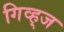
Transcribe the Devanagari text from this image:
गिव्ह्‌ज